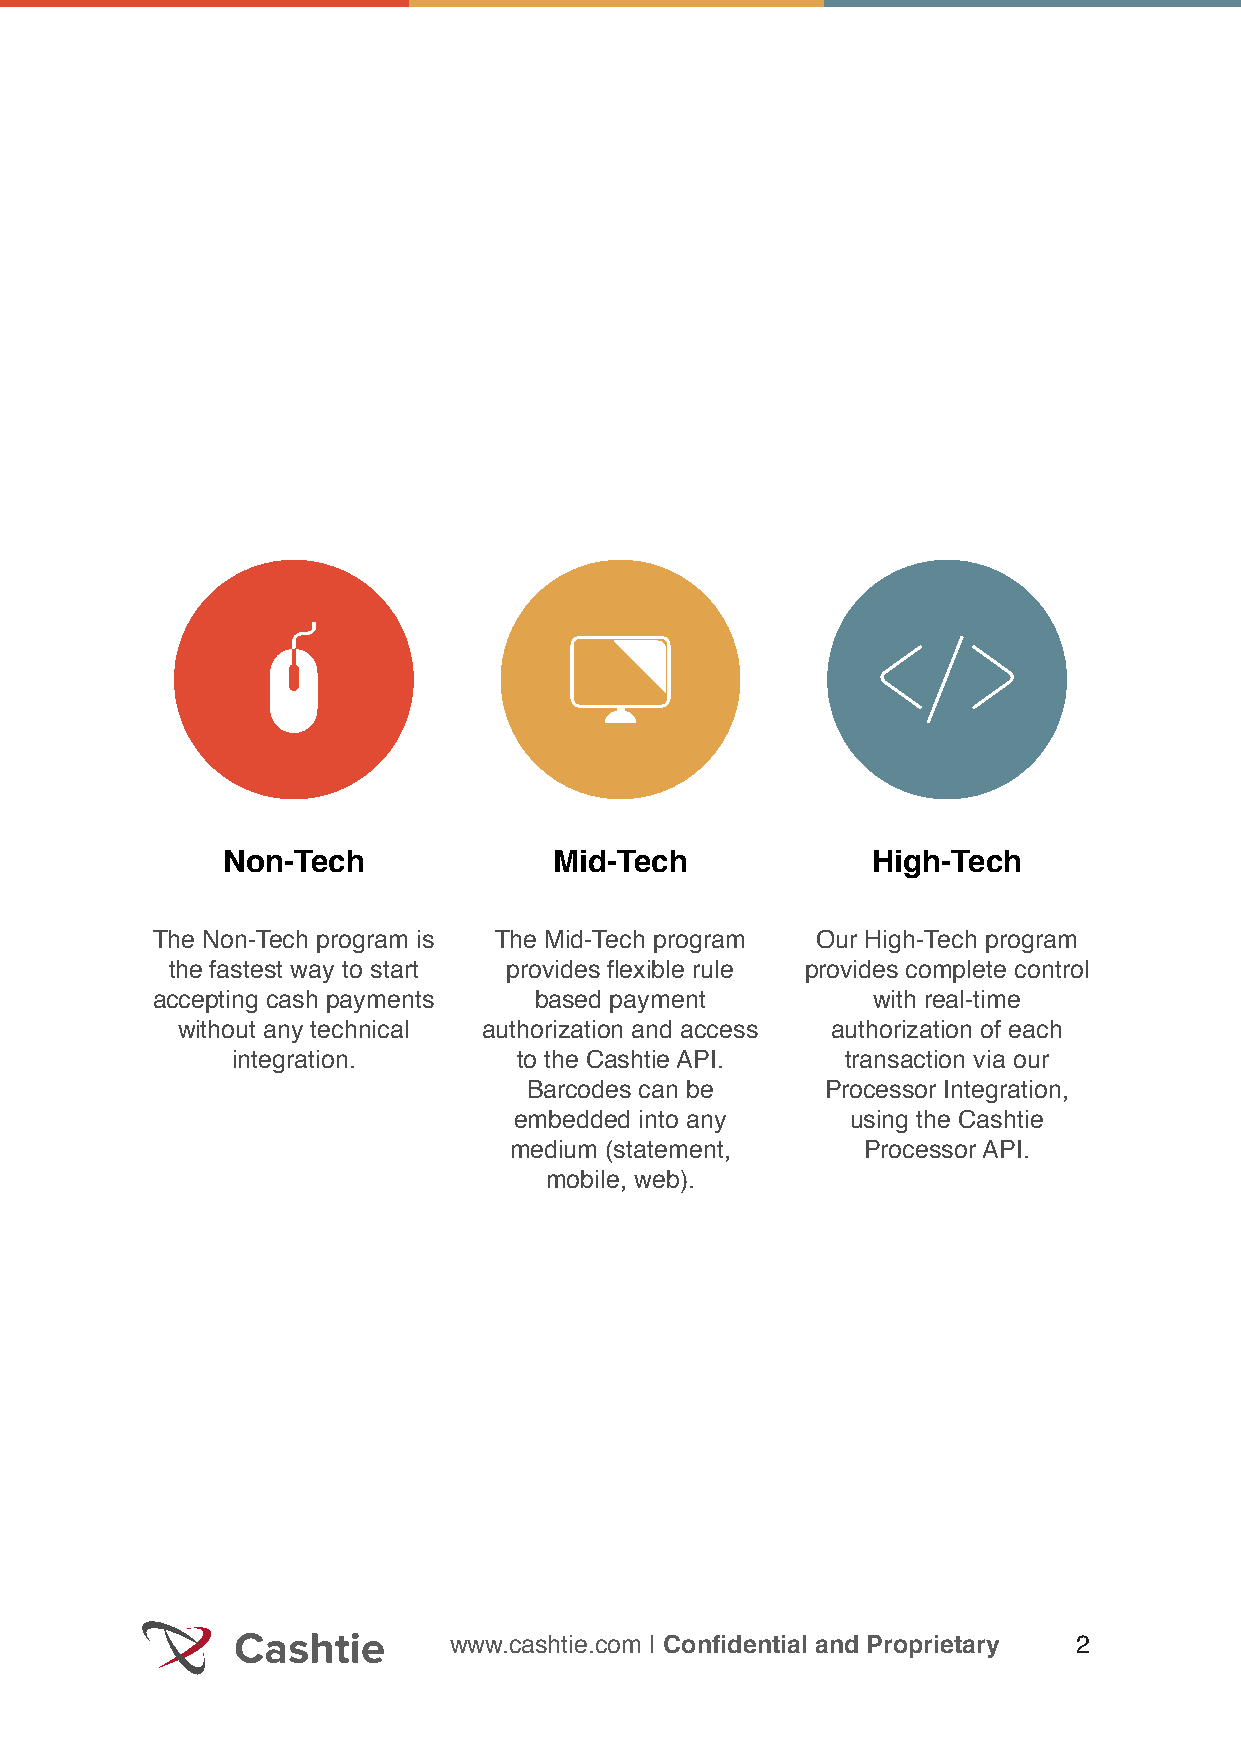
Non-Tech              Mid-Tech             High-Tech
 The Non-Tech program is The Mid-Tech program Our High-Tech program
 the fastest way to start provides flexible rule provides complete control
 accepting cash payments  based payment          with real-time
 without any technical authorization and access authorization of each
 integration.       to the Cashtie API.   transaction via our
 Barcodes can be     Processor Integration,
 embedded into any     using the Cashtie
 medium (statement,     Processor API.
 mobile, web).
 www.cashtie.com | Confidential and Proprietary 2